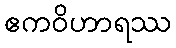
ဧကဝိဟာရဿ